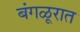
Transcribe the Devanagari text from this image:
बंगळूरात